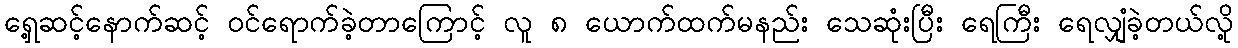
ရှေ့ဆင့်နောက်ဆင့် ဝင်ရောက်ခဲ့တာကြောင့် လူ ၈ ယောက်ထက်မနည်း သေဆုံးပြီး ရေကြီး ရေလျှံခဲ့တယ်လို့